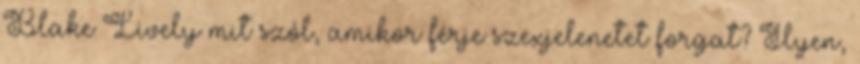
Blake Lively mit szól, amikor férje szexjelenetet forgat? Ilyen,